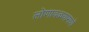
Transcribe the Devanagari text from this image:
लोणावळ्यामध्ये